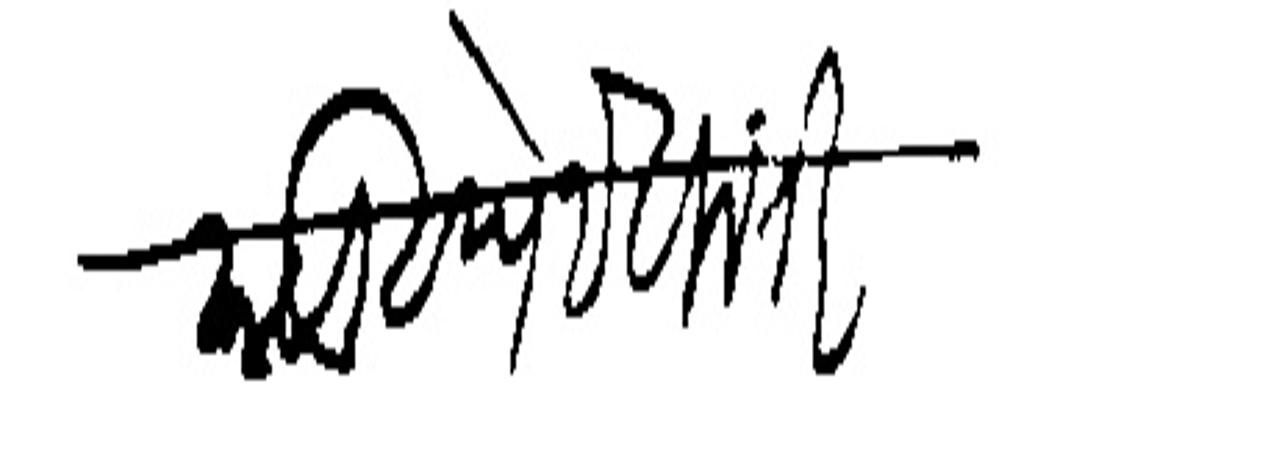
Transliteration (Devanagari): काय लिहिणे हे विनंती